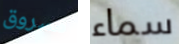
مسروق سماء